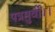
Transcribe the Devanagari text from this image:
पत्रमुर्वी।।